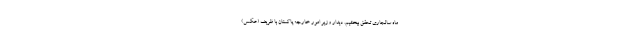
ماه سالجاری تحقق ببخشیم. دیدار وزیر امور خارجه پاکستان با ظریف (عکس)